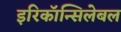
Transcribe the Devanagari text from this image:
इरिकॉन्सिलेबल